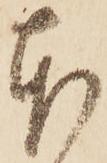
本